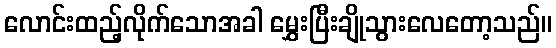
လောင်းထည့်လိုက်သောအခါ မွှေးပြီးချိုသွားလေတော့သည်။